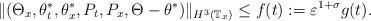
LaTeX: \begin{align*}\|(\Theta_x, \theta^*_t, \theta^*_x, P_t, P_x, \Theta-\theta^*)\|_{H^3(\mathbb{T}_x)}\le f(t):=\varepsilon^{1+\sigma}g(t).\end{align*}